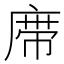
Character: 𰏼